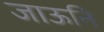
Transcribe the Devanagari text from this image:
जाऊनि